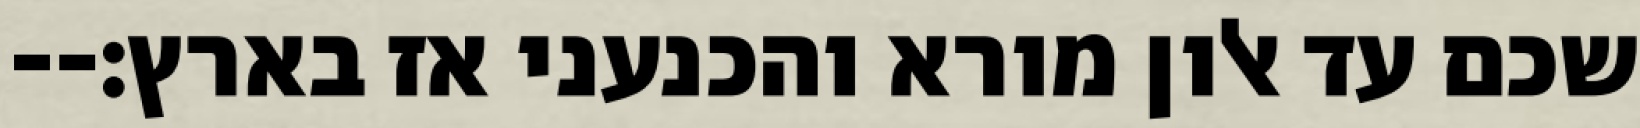
שכם עד אלון מורא והכנעני אז בארץ׃--